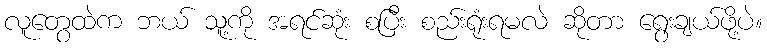
လူတွေထဲက ဘယ် သူ့ကို အရင်ဆုံး စပြီး စည်းရုံးရမလဲ ဆိုတာ ရွေးချယ်ဖို့ပဲ။